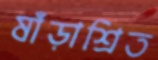
ষাঁড়াশ্রিত